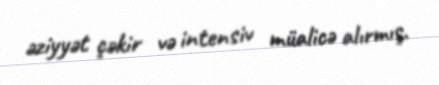
əziyyət çəkir və intensiv müalicə alırmış.